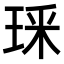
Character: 𭹏